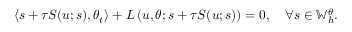
\left\langle s + \tau S ( u ; s ) , \theta _ { t } \right\rangle + L \left( u , \theta ; s + \tau S ( u ; s ) \right) = 0 , \quad \forall s \in \mathbb { W } _ { h } ^ { \theta } .